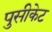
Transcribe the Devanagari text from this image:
पुसीकेट